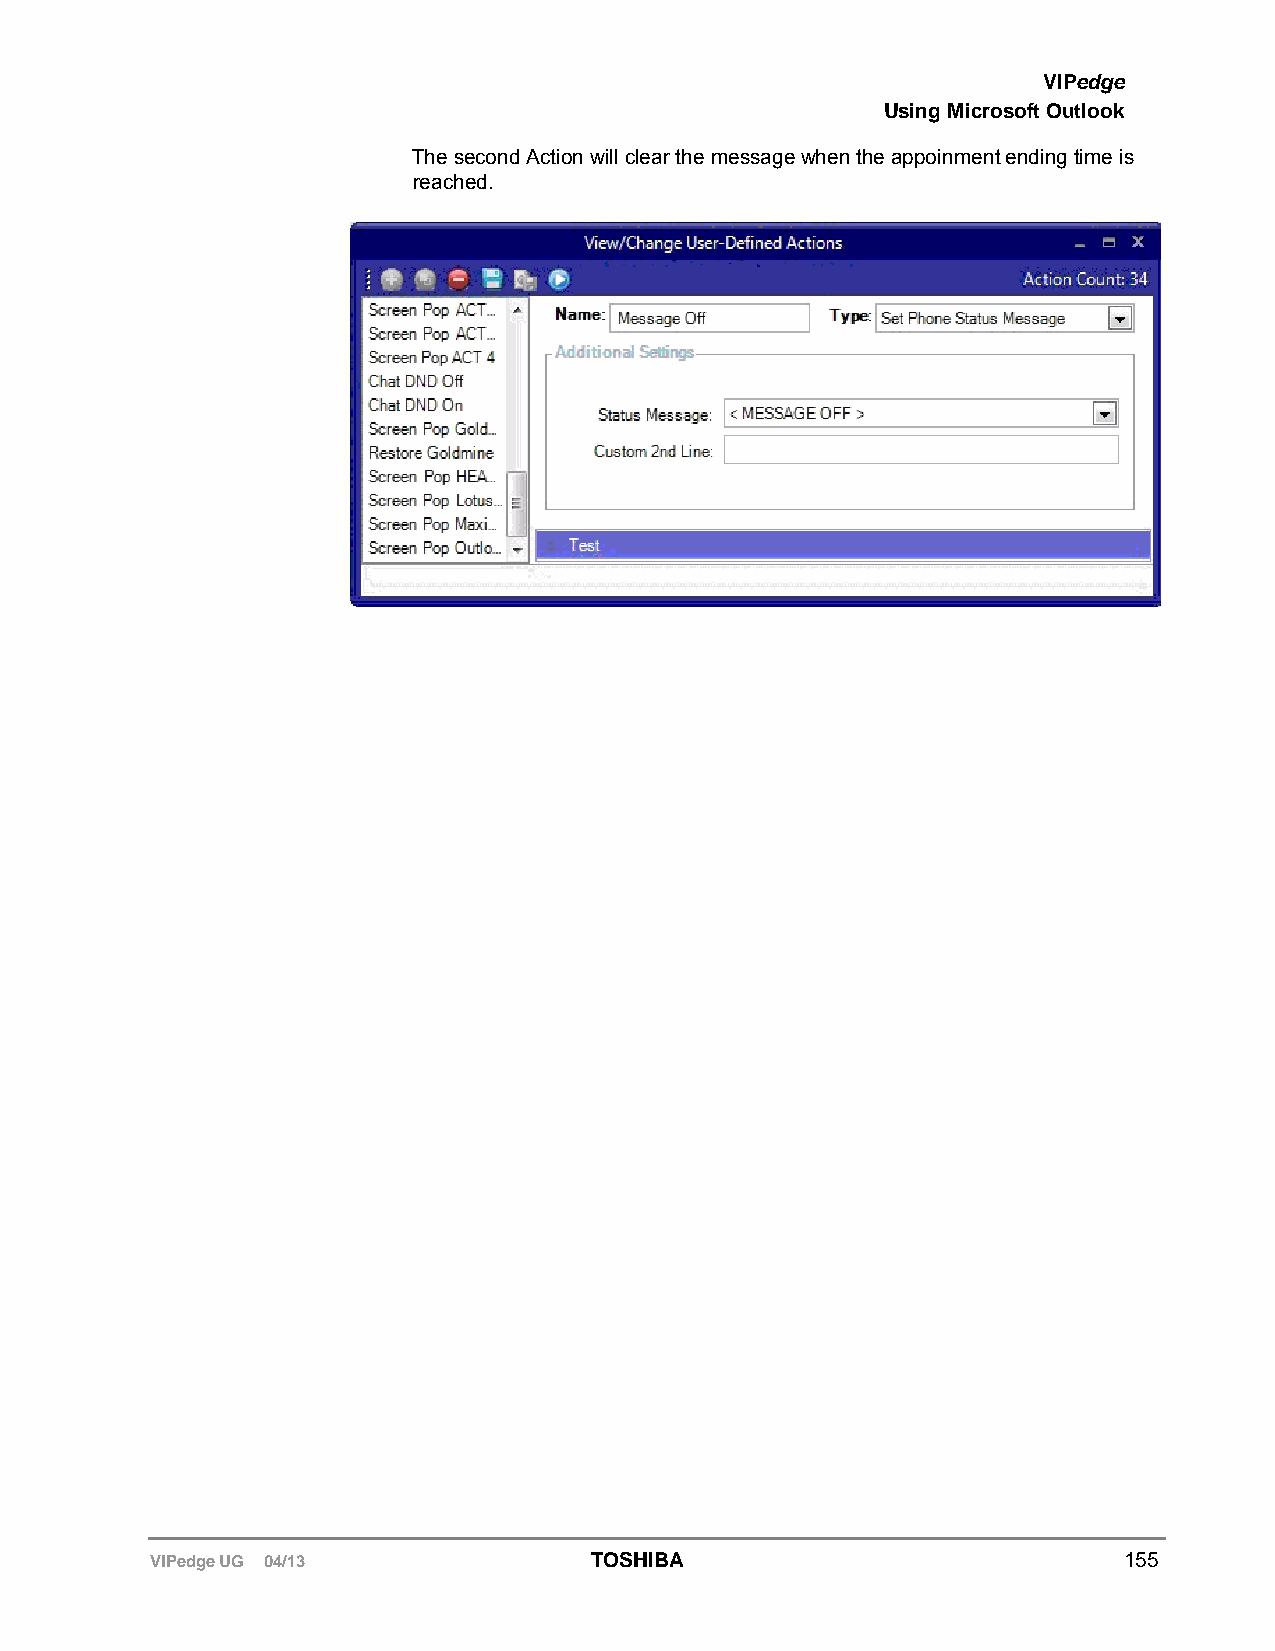
VIPedge
 Using Microsoft Outlook
 The second Action will clear the message when the appoinment ending time is
 reached.
 VIPedge UG 04/13             TOSHIBA                            155